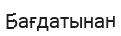
Бағдатынан